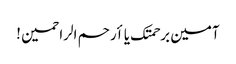
آمین برحمتک یا أرحم الراحمین !